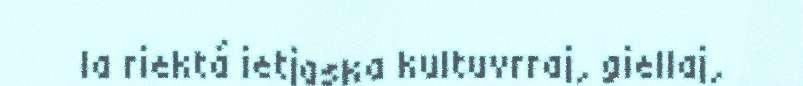
la riektá ietjaska kultuvrraj, giellaj,